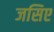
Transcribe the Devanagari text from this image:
जसिए